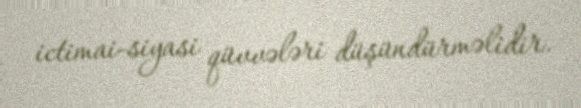
ictimai-siyasi qüvvələri düşündürməlidir.